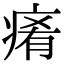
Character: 𤷤